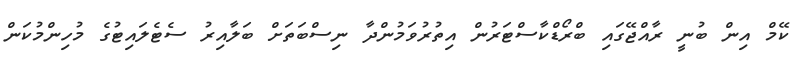
ކޭމް އިން ބުނީ ރާއްޖޭގައި ބްރޯޑްކާސްޓަރުން އިތުރުވަމުންދާ ނިސްބަތަށް ބަލާއިރު ސެޓެލައިޓުގެ މުހިންމުކަން